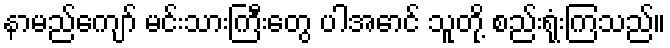
နာမည်ကျော် မင်းသားကြီးတွေ ပါအောင် သူတို့ စည်းရုံးကြသည်။